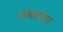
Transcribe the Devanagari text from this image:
ऑबर्गाइन